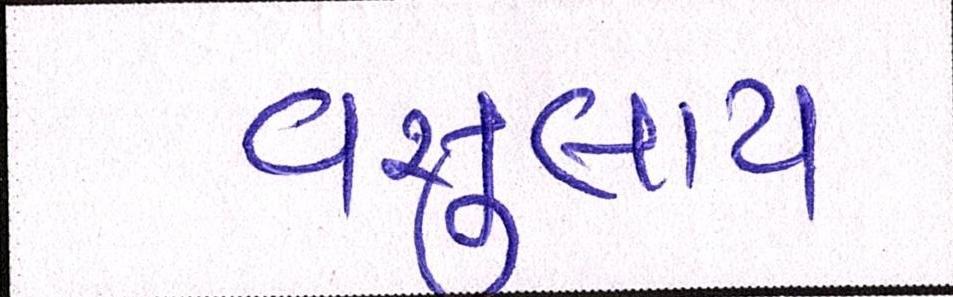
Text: વસુલાય